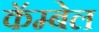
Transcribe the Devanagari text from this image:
कॅम्बेल